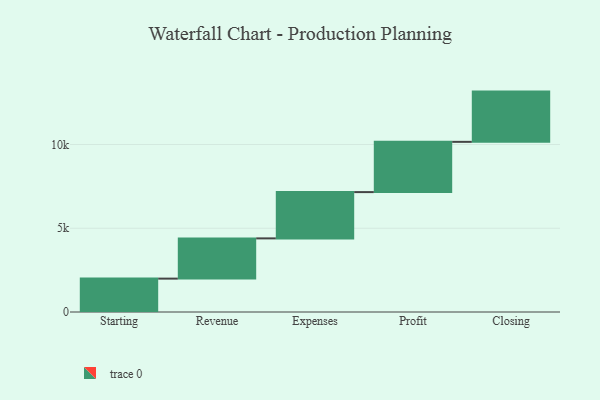
{"axis": {"x": "Step", "y": "Value"}, "legend": [""], "data": [{"x": "Starting", "y": 1993.0, "type": ""}, {"x": "Revenue", "y": 2402.0, "type": ""}, {"x": "Expenses", "y": 2763.0, "type": ""}, {"x": "Profit", "y": 3000, "type": ""}, {"x": "Closing", "y": 3000, "type": ""}]}